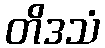
တိဒသံ